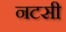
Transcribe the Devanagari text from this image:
नटसी